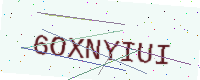
Text: 6OXNYIUI